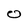
Character: O